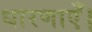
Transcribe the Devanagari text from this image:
धारणाएँ।